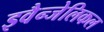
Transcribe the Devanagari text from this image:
इवैन्जेलिकल